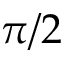
\pi / 2